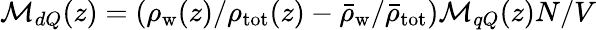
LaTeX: \mathcal{M}_{dQ}(z)=\left(\rho_{\mathrm{w}}(z)/\rho_{\mathrm{tot}}(z)-\bar{\rho}_{\mathrm{w}}/\bar{\rho}_{\mathrm{tot}}\right)\mathcal{M}_{qQ}(z)N/V